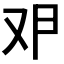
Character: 𰆶